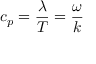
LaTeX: \displaystyle c _ { p } = { \frac { \lambda } { T } } = { \frac { \omega } { k } }